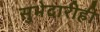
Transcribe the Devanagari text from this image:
सुभेदारीही